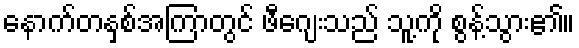
နောက်တနှစ်အကြာတွင် ဖီဂျေးသည် သူ့ကို စွန့်သွား၏။